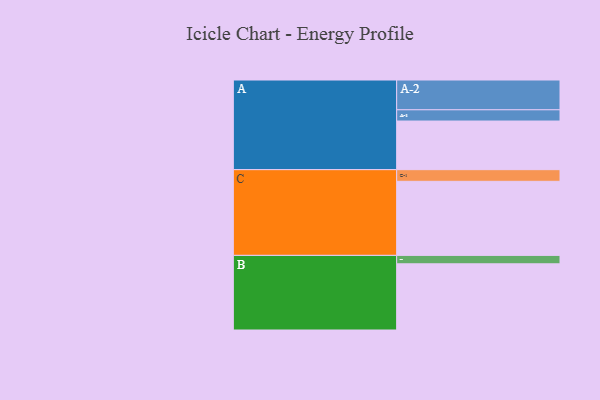
{"axis": {"x": "Segment", "y": "Value"}, "legend": ["", "A", "B", "C"], "data": [{"x": "A", "y": 346, "type": ""}, {"x": "B", "y": 471, "type": ""}, {"x": "C", "y": 527, "type": ""}, {"x": "A-1", "y": 80, "type": "A"}, {"x": "A-2", "y": 212, "type": "A"}, {"x": "B-1", "y": 60, "type": "B"}, {"x": "C-1", "y": 83, "type": "C"}]}